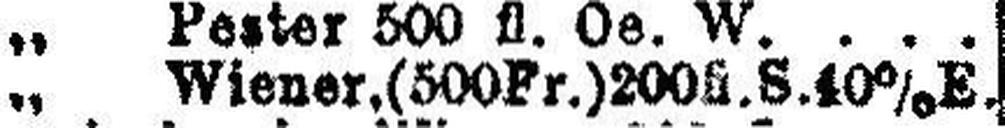
„ Wiener. (500Fr.) 200fl. S. 40% E.